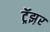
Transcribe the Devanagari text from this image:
ट्रॅझ़र